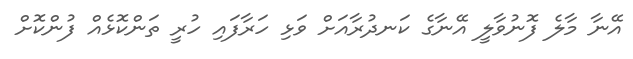
އޭނާ މާލެ ފޮނުވާލީ އޭނާގެ ކަނދުރާއަށް ވަޅި ހަރާފައި ހުރީ ތަންކޮޅެއް ފުންކޮށް